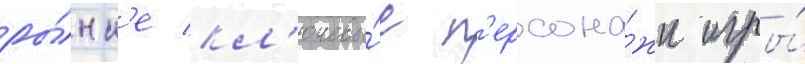
ры́нк'е кл'ючевы́е п'ерсона́жи игры́